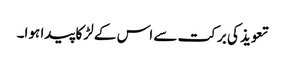
تعویذ کی برکت سے اس کے لڑکا پیدا ہوا۔